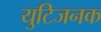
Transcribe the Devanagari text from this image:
युटिजनक